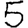
Digit: 5